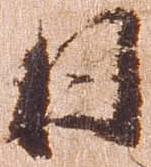
日